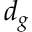
d _ { g }